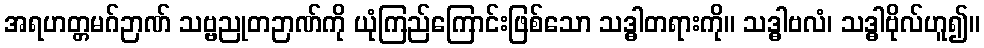
အရဟတ္တမဂ်ဉာဏ် သဗ္ဗညုတဉာဏ်ကို ယုံကြည်ကြောင်းဖြစ်သော သဒ္ဓါတရားကို။ သဒ္ဓါဗလံ၊ သဒ္ဓါဗိုလ်ဟူ၍။